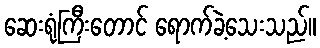
ဆေးရုံကြီးတောင် ရောက်ခဲ့သေးသည်။